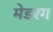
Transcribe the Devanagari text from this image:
मेडरग